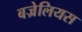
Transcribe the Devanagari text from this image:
बज्रेलियस